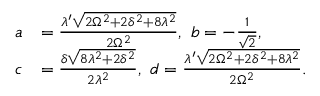
\begin{array} { r l } { a } & { = \frac { \lambda ^ { \prime } \sqrt { 2 \Omega ^ { 2 } + 2 \delta ^ { 2 } + 8 \lambda ^ { 2 } } } { 2 \Omega ^ { 2 } } , ~ b = - \frac { 1 } { \sqrt { 2 } } , } \\ { c } & { = \frac { \delta \sqrt { 8 \lambda ^ { 2 } + 2 \delta ^ { 2 } } } { 2 \lambda ^ { 2 } } , ~ d = \frac { \lambda ^ { \prime } \sqrt { 2 \Omega ^ { 2 } + 2 \delta ^ { 2 } + 8 \lambda ^ { 2 } } } { 2 \Omega ^ { 2 } } . } \end{array}